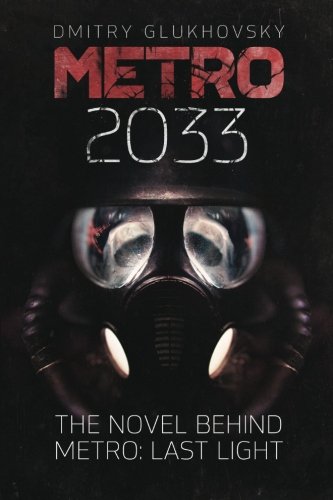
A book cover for Metro 2033: First U.S. English edition (METRO by Dmitry Glukhovsky); Dmitry Glukhovsky; Science Fiction & Fantasy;